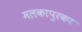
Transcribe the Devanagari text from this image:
मलकापुरकर